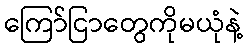
ကြော်ငြာတွေကိုမယုံနဲ့